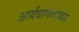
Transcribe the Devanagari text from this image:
आर्यचाणक्यकार